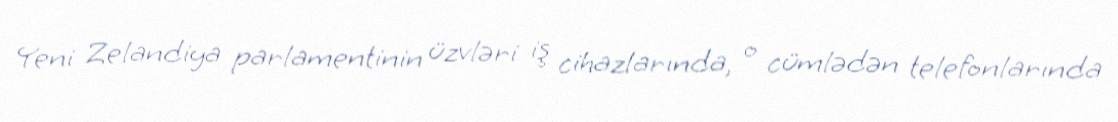
Yeni Zelandiya parlamentinin üzvləri iş cihazlarında, o cümlədən telefonlarında